Indian journal of veterinary science and animal husbandry - Volume 11,
Year: 1941
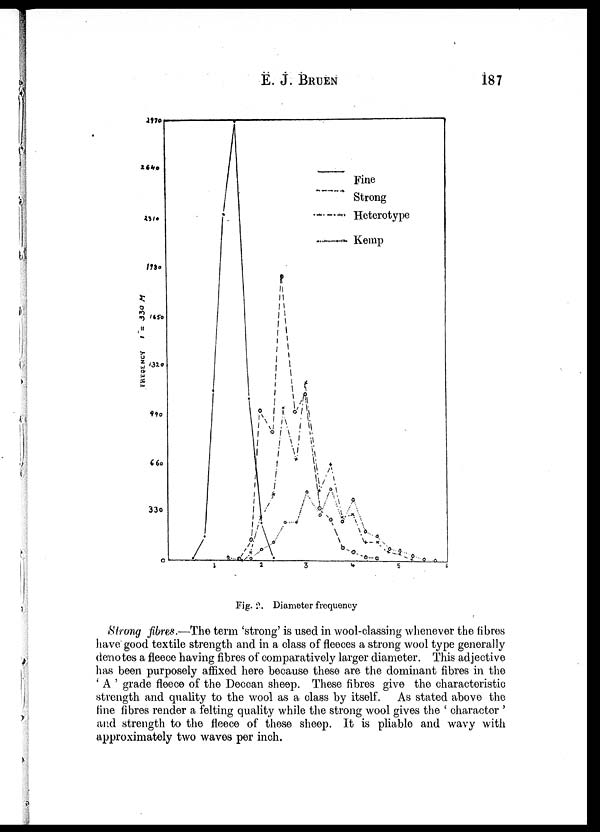
E. J. BRUEN 187
Fig. 2. Diameter frequency
Strong fibres.—The term 'strong' is used in wool-classing whenever the fibres
have good textile strength and in a class of fleeces a strong wool type generally
denotes a fleece having fibres of comparatively larger diameter. This adjective
has been purposely affixed here because these are the dominant fibres in the
' A ' grade fleece of the Deccan sheep. These fibres give the characteristic
strength and quality to the wool as a class by itself. As stated above the
fine fibres render a felting quality while the strong wool gives the ' character '
and strength to the fleece of these sheep. It is pliable and wavy with
approximately two waves per inch.